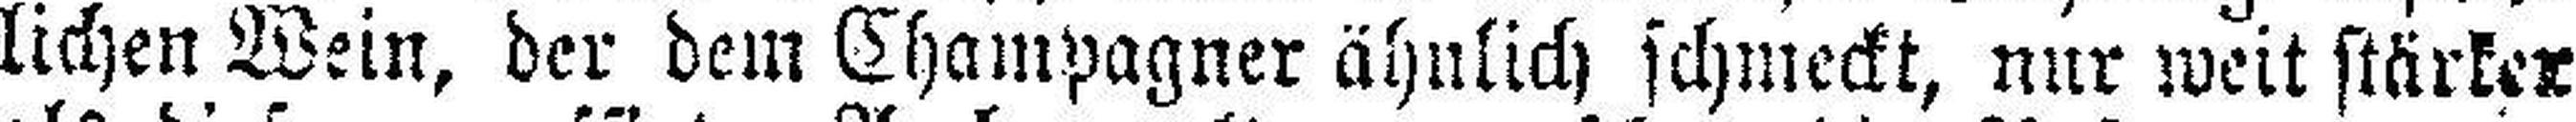
lichen Wein, der dem Champagner ähnlich schmeckt, nur weit stärker